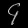
Digit: ၄